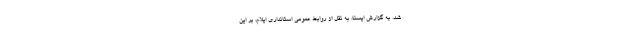
شد. به گزارش ایسنا، به نقل از روابط عمومی استانداری ایلام، بر این